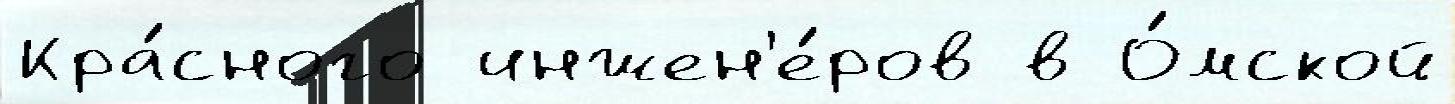
Кра́сного инжен'е́ров в О́мской